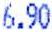
6.90